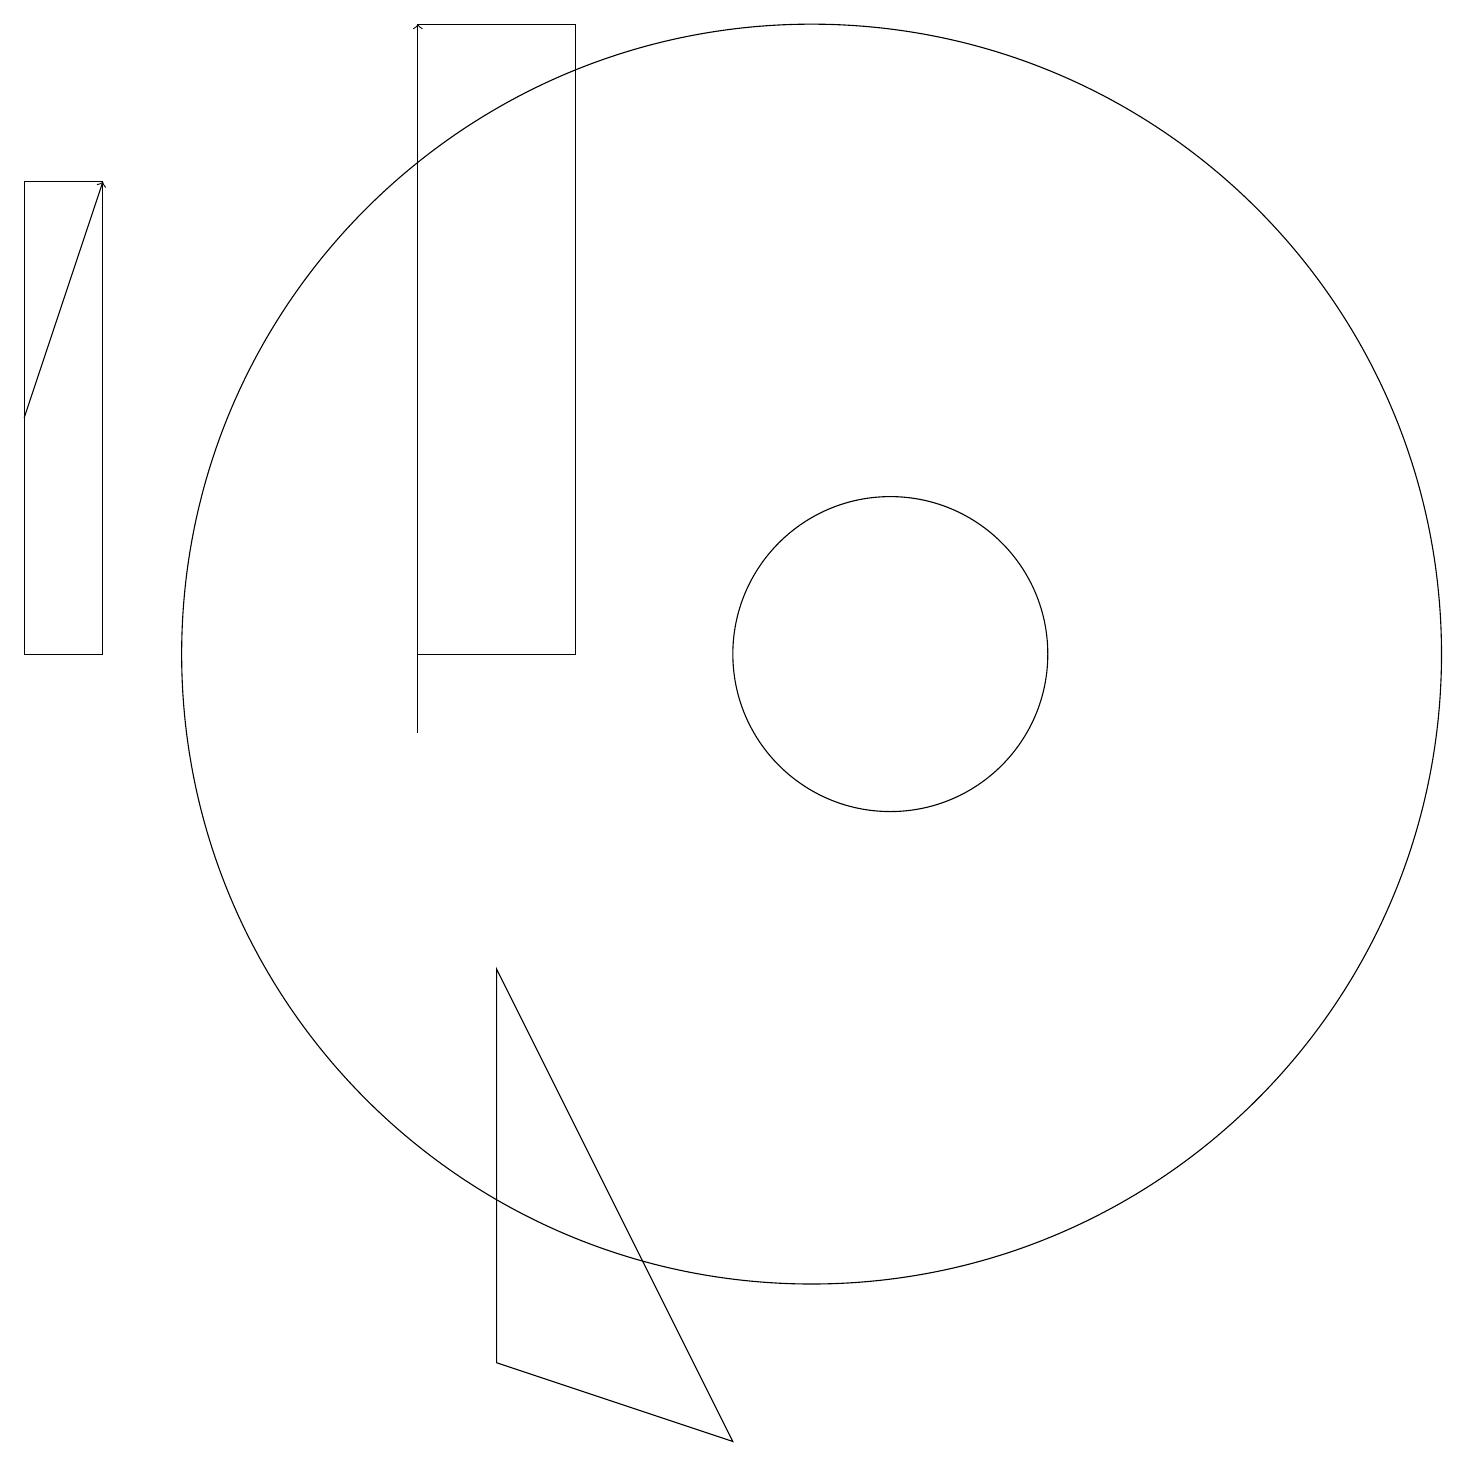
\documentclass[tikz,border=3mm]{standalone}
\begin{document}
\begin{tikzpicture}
\draw (11,11) circle (2);
\draw (0,11) rectangle (1,17);
\draw (9,1) -- (6,2) -- (6,7) -- cycle;
\draw[->] (5,10) -- (5,19);
\draw[->] (0,14) -- (1,17);
\draw (7,19) rectangle (5,11);
\draw (10,11) circle (8);
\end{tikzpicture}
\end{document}